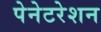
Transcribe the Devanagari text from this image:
पेनेटरेशन